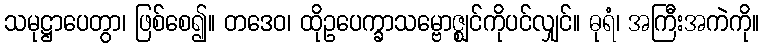
သမုဋ္ဌာပေတွာ၊ ဖြစ်စေ၍။ တဒေဝ၊ ထိုဥပေက္ခာသမ္ဗောဇ္ဈင်ကိုပင်လျှင်။ ဓုရံ၊ အကြီးအကဲကို။